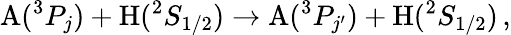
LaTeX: \textrm{A}(^{3}P_{j})+\textrm{H}(^{2}S_{1/2})\rightarrow\textrm{A}(^{3}P_{j^{\prime}})+\textrm{H}(^{2}S_{1/2})\, ,